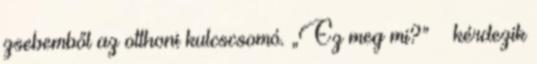
zsebemből az otthoni kulcscsomó. „Ez meg mi?” – kérdezik